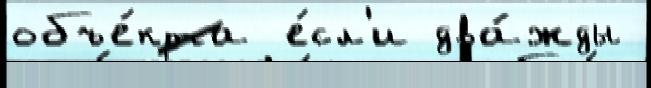
объе́кта е́сл'и два́жды